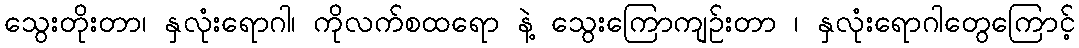
သွေးတိုးတာ၊ နှလုံးရောဂါ၊ ကိုလက်စထရော နဲ့ သွေးကြောကျဉ်းတာ ၊ နှလုံးရောဂါတွေကြောင့်